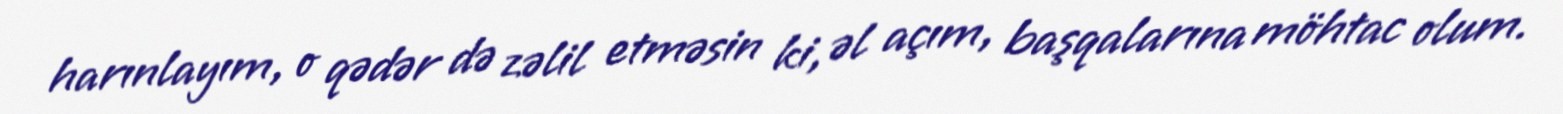
harınlayım, o qədər də zəlil etməsin ki, əl açım, başqalarına möhtac olum.